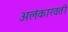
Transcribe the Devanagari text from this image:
अलंकारवती